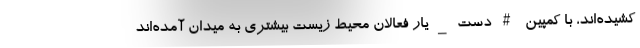
کشیده‌اند، با کمپین #دست_یار فعالان محیط زیست بیشتری به میدان آمده‌اند